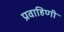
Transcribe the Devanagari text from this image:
प्रवाहिणी